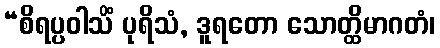
“စိရပ္ပဝါသိံ ပုရိသံ, ဒူရတော သောတ္ထိမာဂတံ၊